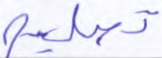
تصليح